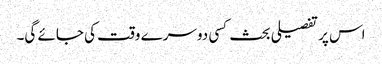
اس پر تفصیلی بحث کسی دوسرے وقت کی جائے گی۔